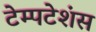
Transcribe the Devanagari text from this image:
टेम्पटेशंस